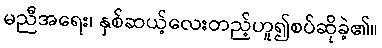
မညီအရေး၊ နှစ်ဆယ့်လေးတည့်ဟူ၍စပ်ဆိုခဲ့၏။